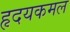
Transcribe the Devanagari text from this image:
हृदयकमल